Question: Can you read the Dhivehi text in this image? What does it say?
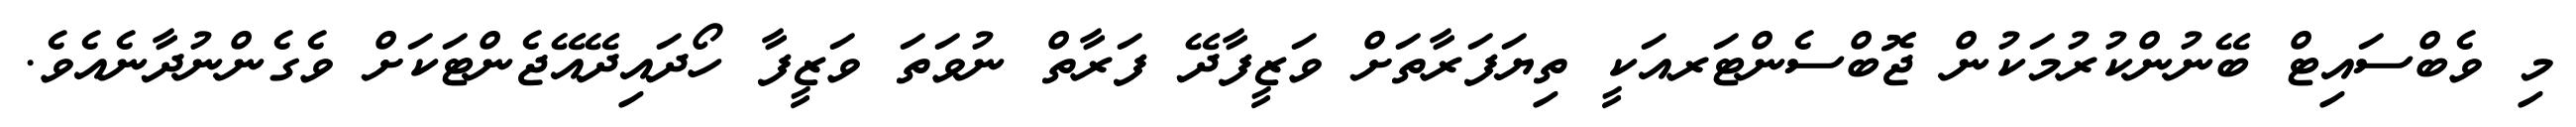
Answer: މި ވެބްސައިޓް ބޭނުންކުރުމަކުން ޖޮބްސެންޓަރއަކީ ތިޔަފަރާތަށް ވަޒީފާދޭ ފަރާތް ނުވަތަ ވަޒީފާ ހޯދައިދޭއޭޖެންޓަކަށް ވެގެންނުދާނެއެވެ.